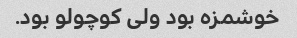
خوشمزه بود ولی کوچولو بود.